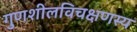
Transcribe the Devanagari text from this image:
गुणशीलविचक्षणस्य